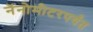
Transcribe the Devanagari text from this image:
नॅनोमीटरपर्यंत